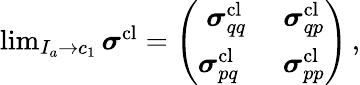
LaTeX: \begin{array}{r}{\operatorname*{lim}_{I_{a}\to c_{1}}\boldsymbol{\sigma}^{\mathrm{cl}}=\left(\begin{array}{cc}{\boldsymbol{\sigma}_{qq}^{\mathrm{cl}}}&{\boldsymbol{\sigma}_{qp}^{\mathrm{cl}}}\\ {\boldsymbol{\sigma}_{pq}^{\mathrm{cl}}\; \; }&{\boldsymbol{\sigma}_{pp}^{\mathrm{cl}}}\end{array}\right)\, ,}\end{array}